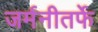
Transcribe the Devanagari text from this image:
जर्मनीतर्फे